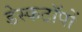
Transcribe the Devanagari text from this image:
डेस्कटॉपों